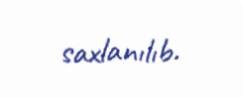
saxlanılıb.